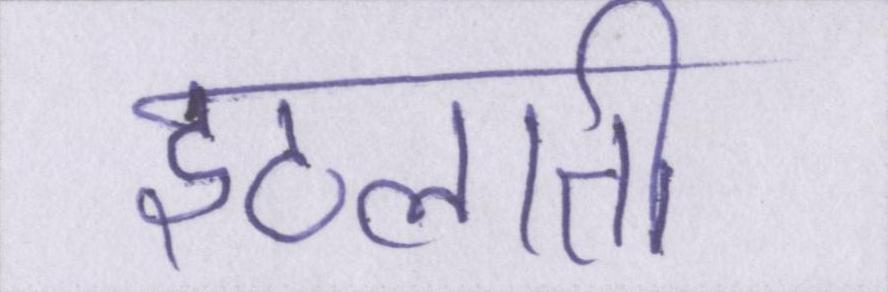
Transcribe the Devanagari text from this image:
इठलाती